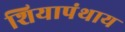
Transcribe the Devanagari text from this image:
शियापंथाय